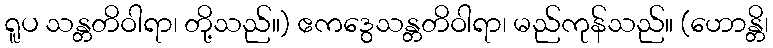
ရူပ သန္တတိဝါရာ၊ တို့သည်။) ဧကဒွေသန္တတိဝါရာ၊ မည်ကုန်သည်။ (ဟောန္တိ၊